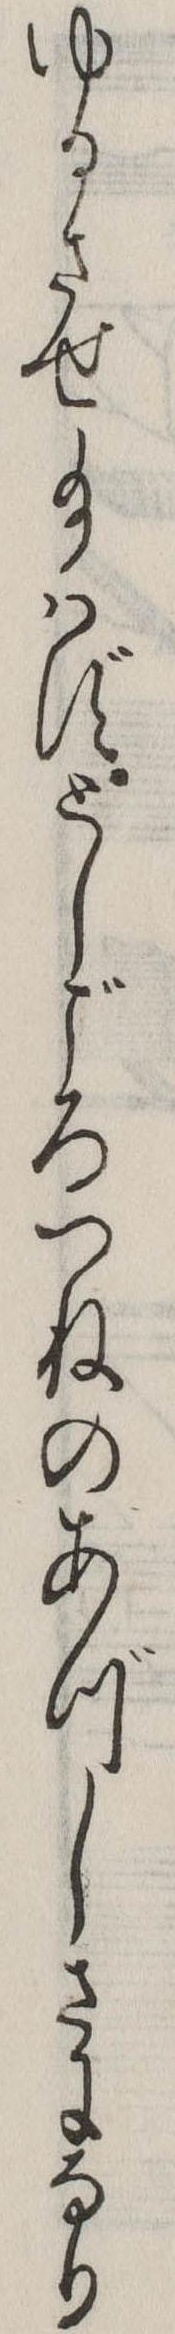
ゆるさせ給はずとしごろつねのあづしさになり